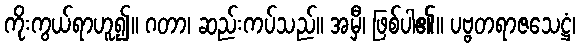
ကိုးကွယ်ရာဟူ၍။ ဂတာ၊ ဆည်းကပ်သည်။ အမှီ၊ ဖြစ်ပါ၏။ ပဗ္ဗတရာဇသေဋ္ဌံ၊